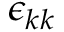
\epsilon _ { k k }